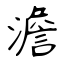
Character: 澹